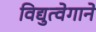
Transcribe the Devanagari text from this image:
विद्युत्‍वेगाने